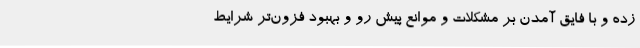
زده و با فایق آمدن بر مشکلات و موانع پیش رو و بهبود فزون‌تر شرایط